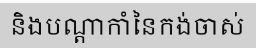
និងបណ្តាកាំនៃកង់ចាស់